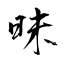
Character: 昧